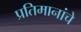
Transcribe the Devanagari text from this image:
प्रतिमानांचे